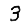
Digit: 3